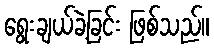
ရွေးချယ်ခဲ့ခြင်း ဖြစ်သည်။